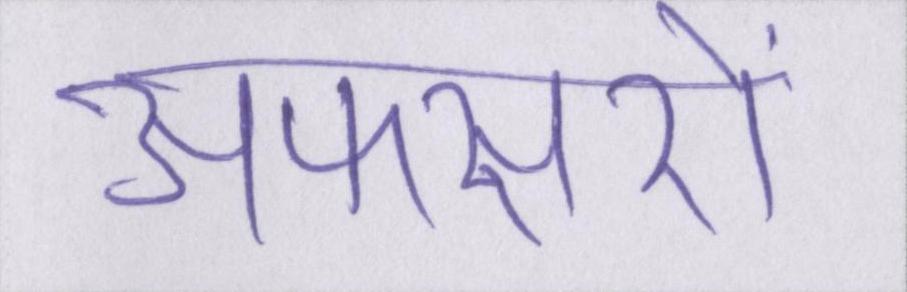
अफसरों